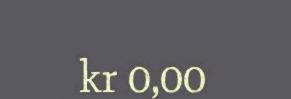
kr 0,00